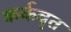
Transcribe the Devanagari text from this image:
कर्कवृत